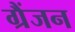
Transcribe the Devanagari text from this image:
ग्रैंजन